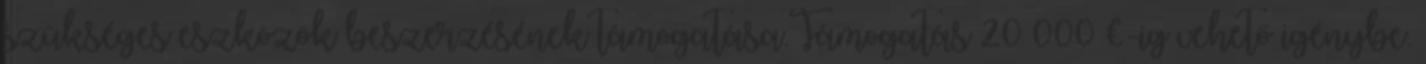
szükséges eszközök beszerzésének támogatása.Támogatás 20 000 €-ig vehető igénybe.